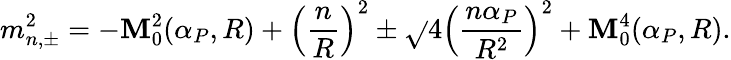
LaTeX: m_{n,\pm}^{2}=-{\cal\mathbf{M}}_{0}^{2}(\alpha_{P},R)+\left(\frac{{n}}{{R}}\right)^{2}\pm\sqrt{}{{4\left(\frac{{n\alpha_{P}}}{{R^{2}}}\right)^{2}+{\cal\mathbf{M}}_{0}^{4}(\alpha_{P},R)}}.